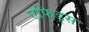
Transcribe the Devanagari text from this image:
एफिड्स